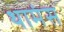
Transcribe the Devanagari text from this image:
थामंस